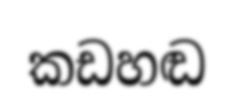
කඩහඬ